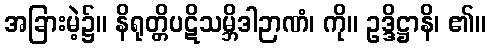
အခြားမဲ့၌။ နိရုတ္တိပဋိသမ္ဘိဒါဉာဏံ၊ ကို။ ဥဒ္ဒိဋ္ဌာနိ၊ ၏။